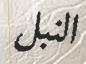
النبل